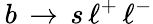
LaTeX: \, b\, \to\, s\, \ell^{+}\, \ell^{-}